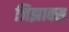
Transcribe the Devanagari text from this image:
जिझाक्स